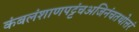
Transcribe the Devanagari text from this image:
कंबलंशाणपट्टंचअजिनंचतथोत्तरं